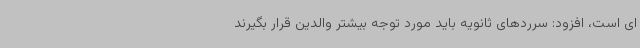
ای است، افزود: سرردهای ثانویه باید مورد توجه بیشتر والدین قرار بگیرند